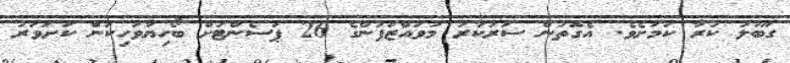
ގަބޫލު ކުރާ ކަމަށެވެ. އެގޮތުން ސަރުކާރު މުވައްޒަފުންގެ 26 ޕަސެންޓަށް ބޯހިޔާވަހިކަން ކަށަވަރު